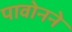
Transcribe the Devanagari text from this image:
पावोनने